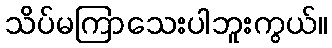
သိပ်မကြာသေးပါဘူးကွယ်။